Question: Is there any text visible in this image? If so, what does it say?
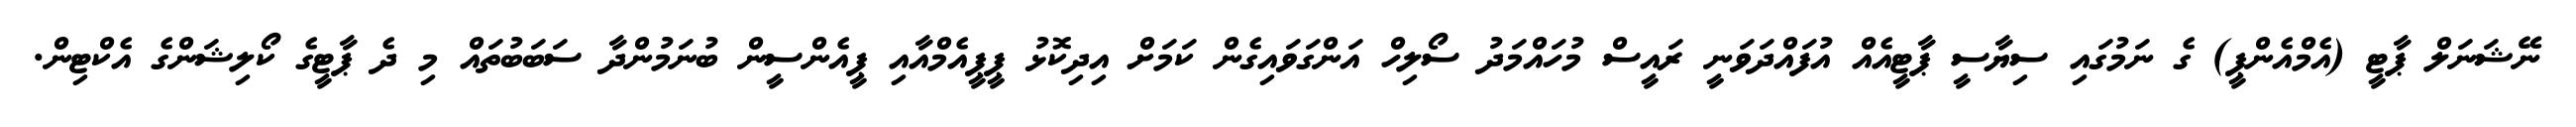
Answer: ނޭޝަނަލް ޕާޓީ (އެމްއެންޕީ) ގެ ނަމުގައި ސިޔާސީ ޕާޓީއެއް އުފައްދަވަނީ ރައީސް މުހައްމަދު ސޯލިހް އަންގަވައިގެން ކަމަށް އިދިކޮޅު ޕީޕީއެމްއާއި ޕީއެންސީން ބުނަމުންދާ ސަބަބުތައް މި ދެ ޕާޓީގެ ކޯލިޝަންގެ އެކްޓިން.